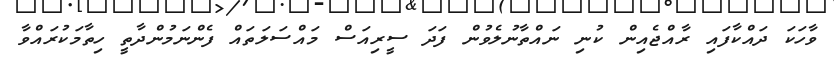
ވާހަކަ ދައްކާފައި ރާއްޖެއިން ކުނި ނައްތާނުލެވުން ފަދަ ސީރިއަސް މައްސަލަތައް ފެންނަމުންދާތީ ހިތާމަކުރައްވާ